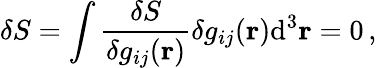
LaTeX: \delta S=\int{\frac{\delta S}{\delta g_{ij}(\mathbf{r})}}\delta g_{ij}(\mathbf{r})\mathrm{d}^{3}\mathbf{r}=0\, ,